Civil Veterinary Department. Madras. Admin. report 1926-33 - 1926-1933
Year: 1926
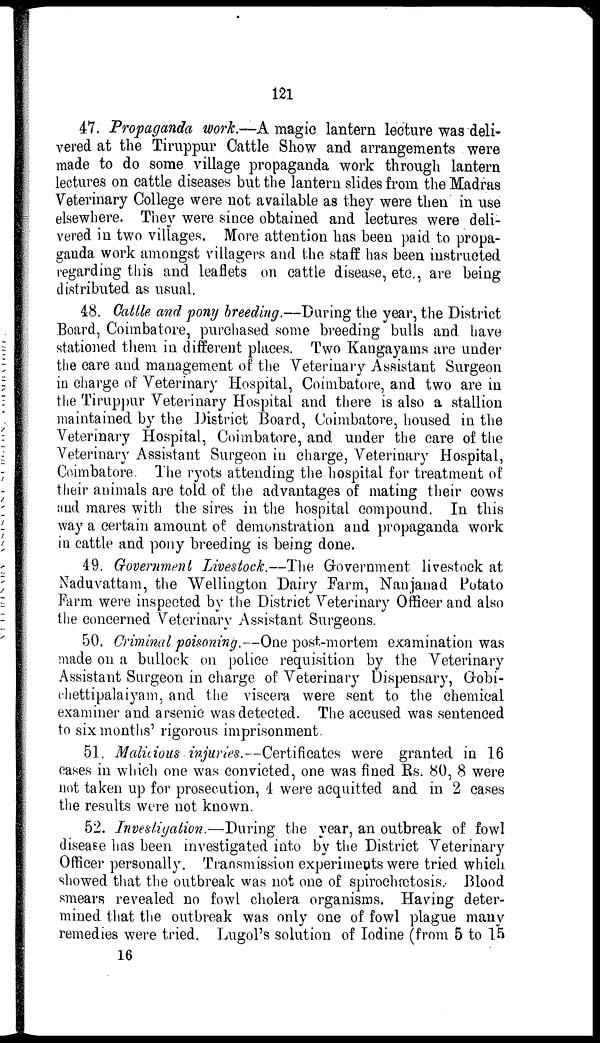
121
47. Propaganda work.—A magic lantern lecture was deli-
vered at the Tiruppur Cattle Show and arrangements were
made to do some village propaganda work through lantern
lectures on cattle diseases but the lantern slides from the Madras
Veterinary College were not available as they were then in use
elsewhere. They were since obtained and lectures were deli-
vered in two villages. More attention has been paid to propa-
ganda work amongst villagers and the staff has been instructed
regarding this and leaflets on cattle disease, etc., are being
distributed as usual.
48. Cattle and pony breeding.—During the year, the District
Board, Coimbatore, purchased some breeding bulls and have
stationed them in different places. Two Kangayams are under
the care and management of the Veterinary Assistant Surgeon
in charge of Veterinary Hospital, Coimbatore, and two are in
the Tiruppur Veterinary Hospital and there is also a stallion
maintained by the District Board, Coimbatore, housed in the
Veterinary Hospital, Coimbatore, and under the care of the
Veterinary Assistant Surgeon in charge, Veterinary Hospital,
Coimbatore. The ryots attending the hospital for treatment of
their animals are told of the advantages of mating their cows
and mares with the sires in the hospital compound. In this
way a certain amount of demonstration and propaganda work
in cattle and pony breeding is being done.
49. Government Livestock.—The Government livestock at
Naduvattam, the Wellington Dairy Farm, Nanjanad Potato
Farm were inspected by the District Veterinary Officer and also
the concerned Veterinary Assistant Surgeons.
50. Criminal poisoning.—One post-mortem examination was
made on a bullock on police requisition by the Veterinary
Assistant Surgeon in charge of Veterinary Dispensary, Gobi-
chettipalaiyam, and the viscera were sent to the chemical
examiner and arsenic was detected. The accused was sentenced
to six months' rigorous imprisonment.
51. Malicious injuries.—Certificates were granted in 16
cases in which one was convicted, one was fined Rs. 80, 8 were
not taken up for prosecution, 4 were acquitted and in 2 cases
the results were not known.
52. Investigation.—During the year, an outbreak of fowl
disease has been investigated into by the District Veterinary
Officer personally. Transmission experiments were tried which
showed that the outbreak was not one of spirochætosis. Blood
smears revealed no fowl cholera organisms. Having deter-
mined that the outbreak was only one of fowl plague many
remedies were tried. Lugol's solution of Iodine (from 5 to 15
16